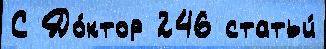
С До́ктор 246 статьи́